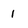
Character: I